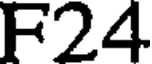
F24